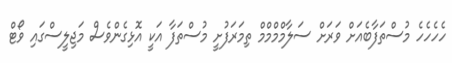
ހެހެހެހެ މުސްތަފާބެއަށް ވަރަށް ސަލާމްްްމްމްމް ތިމަރަފުށީ މުސްތަފާ އަކީ އޮޅިގެންވެސް މަޖިލީސްގައި ވޯޓް